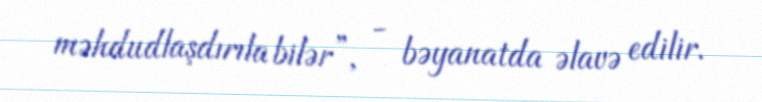
məhdudlaşdırıla bilər”, - bəyanatda əlavə edilir.